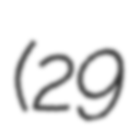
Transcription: (29